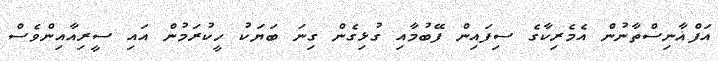
އަފްޣާނިސްތާނުން އެމެރިކާގެ ސިފައިން ފޭބުމާއި ގުޅިގެން ގިނަ ބަޔަކު ހީކުރަމުން އައި ސީރިއާއިންވެސް